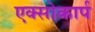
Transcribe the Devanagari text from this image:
एक्सोकार्प